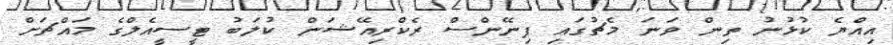
އިއްޔެ ކުޅުނު ތިން ވަނަ މެޗުގައި ފިނޭންސް ރެކްރިއޭޝަން ކުލަބު ޓީސީއެލްގެ މައްޗަށް